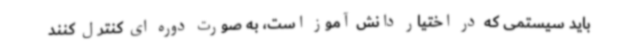
باید سیستمی که در اختیار دانش آموز است، به صورت دوره ای کنترل کنند